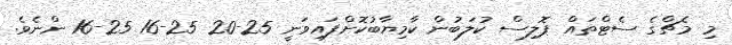
މި މެޗްގެ ސެޓްތައް ޕޮލިސް ކުލަބުން ކާމިޔާބުކޮށްފައިވަނީ 25-20 25-16 25-16 ންނެވެ.